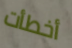
أخطأت